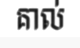
គាល់